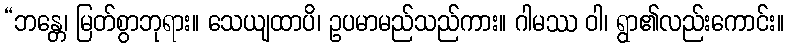
“ဘန္တေ၊ မြတ်စွာဘုရား။ သေယျထာပိ၊ ဥပမာမည်သည်ကား။ ဂါမဿ ဝါ၊ ရွာ၏လည်းကောင်း။